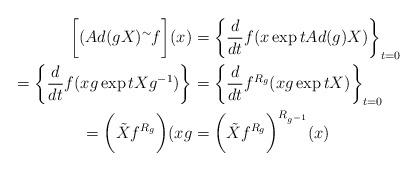
LaTeX: \begin{align*}\bigg[(Ad(gX)^\sim f\bigg](x) & = \bigg\{\frac{d}{dt}f(x\exp t Ad(g)X)\bigg\}_{t = 0}\\ =\bigg\{\frac{d}{dt}f(xg\exp t X g^{-1})\bigg\}& = \bigg\{\frac{d}{dt}f^{R_g}(xg\exp tX)\bigg\}_{t = 0}\\=\bigg(\tilde{X}f^{R_g}\bigg)(xg& = \bigg(\tilde{X}f^{R_g}\bigg)^{R_{g^{-1}}}(x)\end{align*}